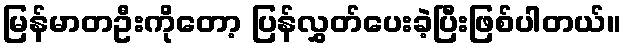
မြန်မာတဦးကိုတော့ ပြန်လွှတ်ပေးခဲ့ပြီးဖြစ်ပါတယ်။